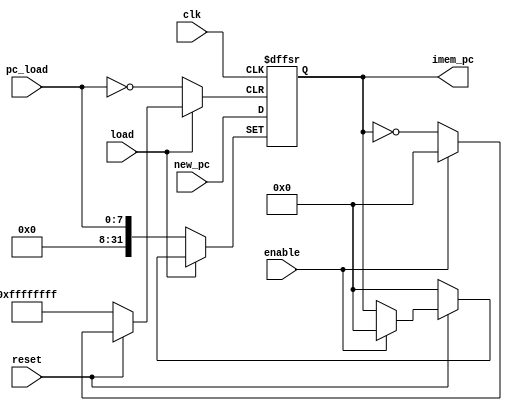
module pc(
  output [31:0]	imem_pc,
  input clk, reset, load, enable,
  input [31:0] new_pc, 
  input [7:0]	pc_load
);
  reg [31:0] imem_instruction;
  assign imem_pc = imem_instruction;
  
  always @(negedge clk, negedge reset, negedge load, negedge enable) begin
	if(!reset) imem_instruction <= 32'd0;
	else if(!enable) imem_instruction <= imem_instruction; 
	else begin
			if(!load) imem_instruction <= pc_load;
				else imem_instruction <= new_pc;
	end
  end
	
endmodule